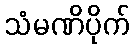
သံမဏိပိုက်